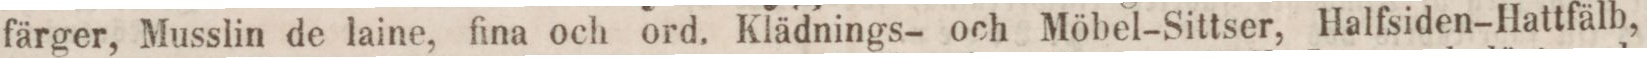
färger, Musslin de laine, fina och ord. Klädnings- och Möbel-Sittser, Halfsiden-Hattfälb,